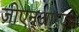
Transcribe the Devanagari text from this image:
जीएन्‌आरएच